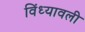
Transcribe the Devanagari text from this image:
विंध्यावली